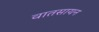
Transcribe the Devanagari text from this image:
वातसायन